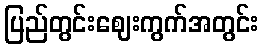
ပြည်တွင်းဈေးကွက်အတွင်း